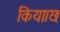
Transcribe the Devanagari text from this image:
किया।छः